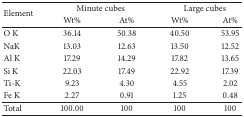
| <ROWSPAN=2> Element | <COLSPAN=2> Minute cubes | <COLSPAN=2> Large cubes |
 | Wt% | At% | Wt% | At% |
 | --- | --- | --- | --- | --- |
 | O K | 36.14 | 50.38 | 40.50 | 53.95 |
 | NaK | 13.03 | 12.63 | 13.50 | 12.52 |
 | Al K | 17.29 | 14.29 | 17.82 | 13.65 |
 | Si K | 22.03 | 17.49 | 22.92 | 17.39 |
 | Ti-K | 9.23 | 4.30 | 4.55 | 2.02 |
 | Fe K | 2.27 | 0.91 | 1.25 | 0.48 |
 | Total | 100.00 | 100 | 100 | 100 |